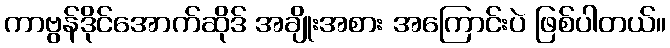
ကာဗွန်ဒိုင်အောက်ဆိုဒ် အချိုးအစား အကြောင်းပဲ ဖြစ်ပါတယ်။